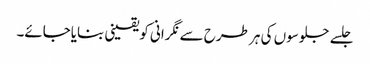
جلسے جلوسوں کی ہر طرح سے نگرانی کویقینی بنایاجائے۔